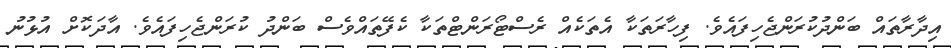
އިދާރާތައް ބަންދުކުރަންޖެހިފައެވެ. ފިހާރަތަކާ އެތަކެއް ރެސްޓޯރަންޓްތަކާ ކެފޭތައްވެސް ބަންދު ކުރަންޖެހިފައެވެ. އާދަކޮށް އުޅުނު